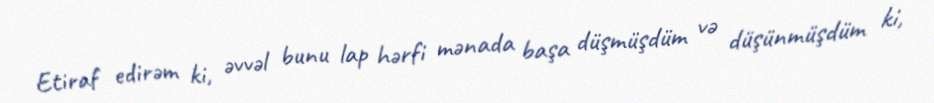
Etiraf edirəm ki, əvvəl bunu lap hərfi mənada başa düşmüşdüm və düşünmüşdüm ki,